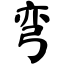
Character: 弯